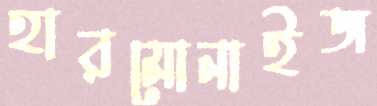
হারমোনাইজ